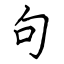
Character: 句